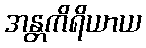
အန္တကိရိယာယ